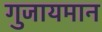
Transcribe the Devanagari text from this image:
गुजायमान